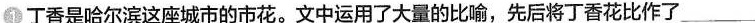
①丁香是哈尔滨这座城市的市花。文中运用了大量的比喻，先后将丁香花比作了___